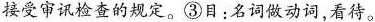
接受审讯检查的规定。③目：名词做动词，看待。